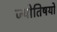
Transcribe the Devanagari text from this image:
ज्योतिषयों